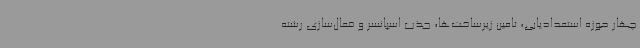
چهار حوزه استعدادیابی، تامین زیرساخت‌ها، جذب اسپانسر و فعال‌سازی رشته